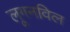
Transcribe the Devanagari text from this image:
लूगनविल